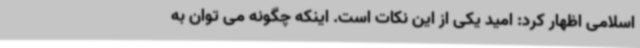
اسلامی اظهار کرد: امید یکی از این نکات است. اینکه چگونه می توان به